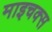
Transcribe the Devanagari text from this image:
माइचक्स